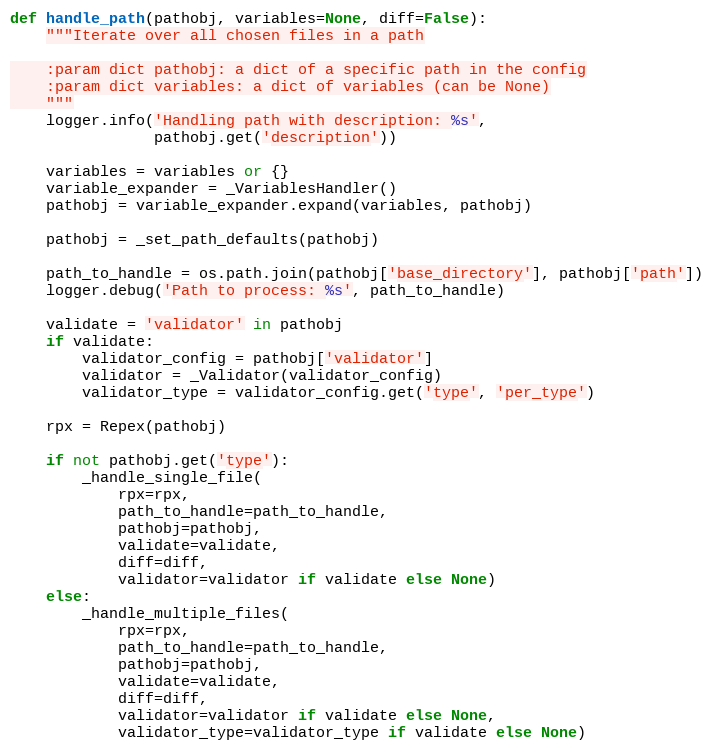
Language: Python
def handle_path(pathobj, variables=None, diff=False):
    """Iterate over all chosen files in a path

    :param dict pathobj: a dict of a specific path in the config
    :param dict variables: a dict of variables (can be None)
    """
    logger.info('Handling path with description: %s',
                pathobj.get('description'))

    variables = variables or {}
    variable_expander = _VariablesHandler()
    pathobj = variable_expander.expand(variables, pathobj)

    pathobj = _set_path_defaults(pathobj)

    path_to_handle = os.path.join(pathobj['base_directory'], pathobj['path'])
    logger.debug('Path to process: %s', path_to_handle)

    validate = 'validator' in pathobj
    if validate:
        validator_config = pathobj['validator']
        validator = _Validator(validator_config)
        validator_type = validator_config.get('type', 'per_type')

    rpx = Repex(pathobj)

    if not pathobj.get('type'):
        _handle_single_file(
            rpx=rpx,
            path_to_handle=path_to_handle,
            pathobj=pathobj,
            validate=validate,
            diff=diff,
            validator=validator if validate else None)
    else:
        _handle_multiple_files(
            rpx=rpx,
            path_to_handle=path_to_handle,
            pathobj=pathobj,
            validate=validate,
            diff=diff,
            validator=validator if validate else None,
            validator_type=validator_type if validate else None)